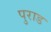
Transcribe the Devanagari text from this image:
पुराड